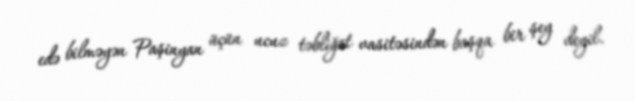
edə bilməyən Paşinyan üçün ucuz təbliğat vasitəsindən başqa bir şey deyil.